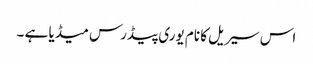
اس سیریل کا نام یوری پیڈرس میڈیا ہے ۔